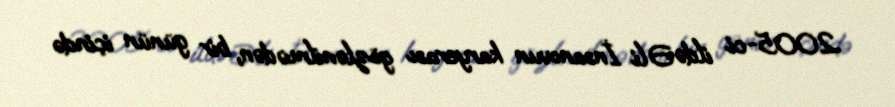
2005-ci ildə Əli İnsanovun karyerası gözlənilmədən, bir günün içində